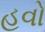
હવો